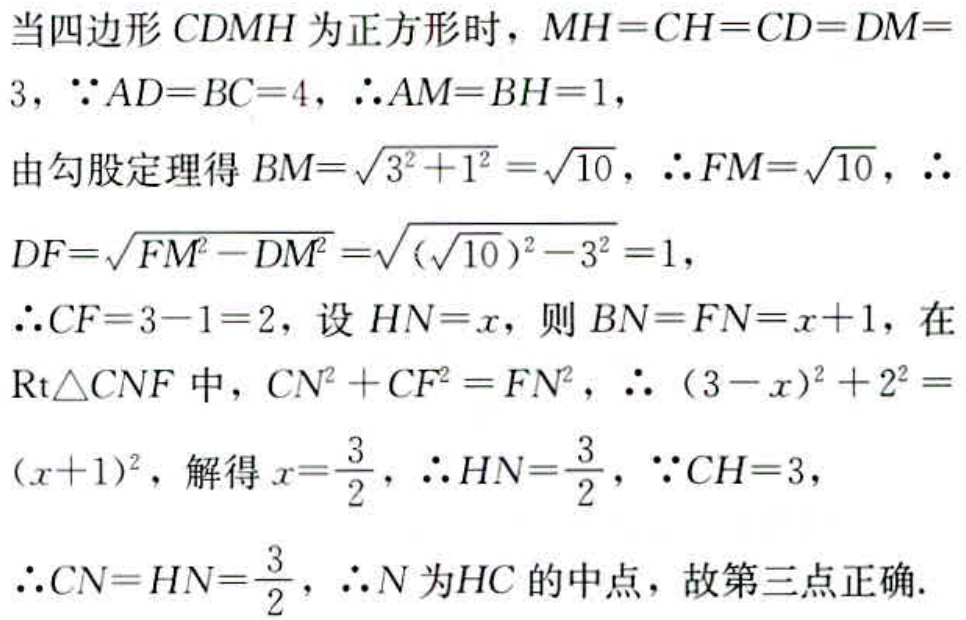
当四边形 \(CDMH\) 为正方形时，\(MH = CH = CD = DM = 3\)，\(\because AD = BC = 4\)，\(\therefore AM = BH = 1\)，
由勾股定理得 \(BM=\sqrt{3^{2}+1^{2}}=\sqrt{10}\)，\(\therefore FM = \sqrt{10}\)，\(\therefore\)
\(DF=\sqrt{FM^{2}-DM^{2}}=\sqrt{(\sqrt{10})^{2}-3^{2}} = 1\)，
\(\therefore CF = 3 - 1 = 2\)，设 \(HN = x\)，则 \(BN = FN = x + 1\)，在 \(\text{Rt}\triangle CNF\) 中，\(CN^{2}+CF^{2}=FN^{2}\)，\(\therefore (3 - x)^{2}+2^{2}=(x + 1)^{2}\)，解得 \(x=\frac{3}{2}\)，\(\therefore HN=\frac{3}{2}\)，\(\because CH = 3\)，
\(\therefore CN = HN=\frac{3}{2}\)，\(\therefore N\) 为 \(HC\) 的中点，故第三点正确.